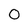
Character: 0